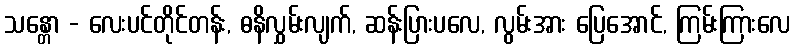
သန္တော - လေးပင်တိုင်တန်း, ဓနိလွှမ်းလျက်, ဆန်းပြားပလေ, လွမ်းအား ပြေအောင်, ကြမ်းကြားလေ